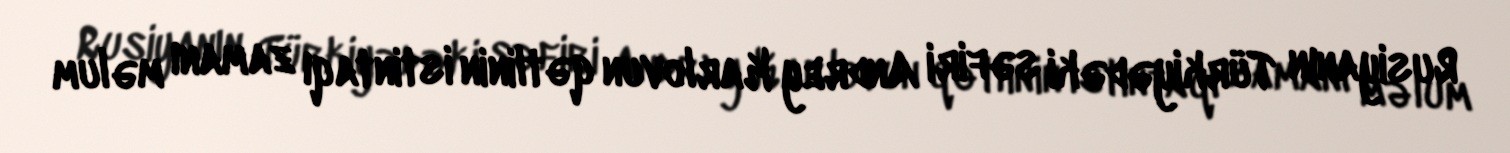
Rusiyanın Türkiyədəki səfiri Andrey Karlovun qətlinin istintaqı zamanı məlum